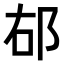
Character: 𨚞